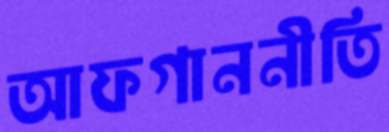
আফগাননীতি